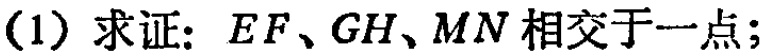
(1) 求证：\(EF、GH、MN\)相交于一点；